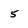
Character: 5